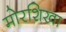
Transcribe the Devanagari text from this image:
मोरशिखा